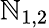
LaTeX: \mathbb{N}_{1,2}